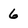
Character: 6